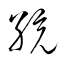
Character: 統